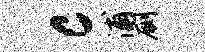
c浦劂